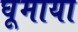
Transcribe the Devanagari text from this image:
घूमाया